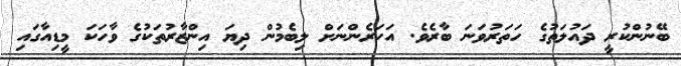
ބޭނުންކުރީ ދައުލަތުގެ ހަތަރުވަނަ ބާރެވެ. އަހަރެންނަށް ލިބެމުން ދިޔަ އިންޒާރުތަކުގެ ވާހަކަ މީޑިއާގައި